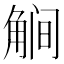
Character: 𰴥